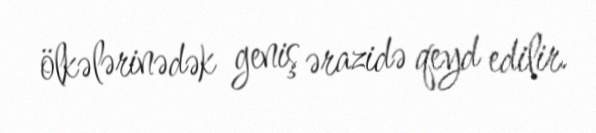
ölkələrinədək geniş ərazidə qeyd edilir.